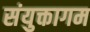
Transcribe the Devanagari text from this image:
संयुक्तागम